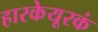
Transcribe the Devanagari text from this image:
हारकेयूरकं